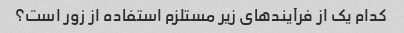
کدام یک از فرآیندهای زیر مستلزم استفاده از زور است؟